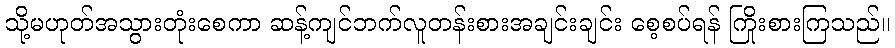
သို့မဟုတ်အသွားတုံးစေကာ ဆန့်ကျင်ဘက်လူတန်းစားအချင်းချင်း စေ့စပ်ရန် ကြိုးစားကြသည်။